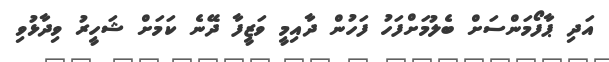
އަދި ޕާފޯމަންސަށް ބެލުމަށްފަހު ފަހުން ދާއިމީ ވަޒީފާ ދޭނެ ކަމަށް ޝަހީރު ވިދާޅުވި